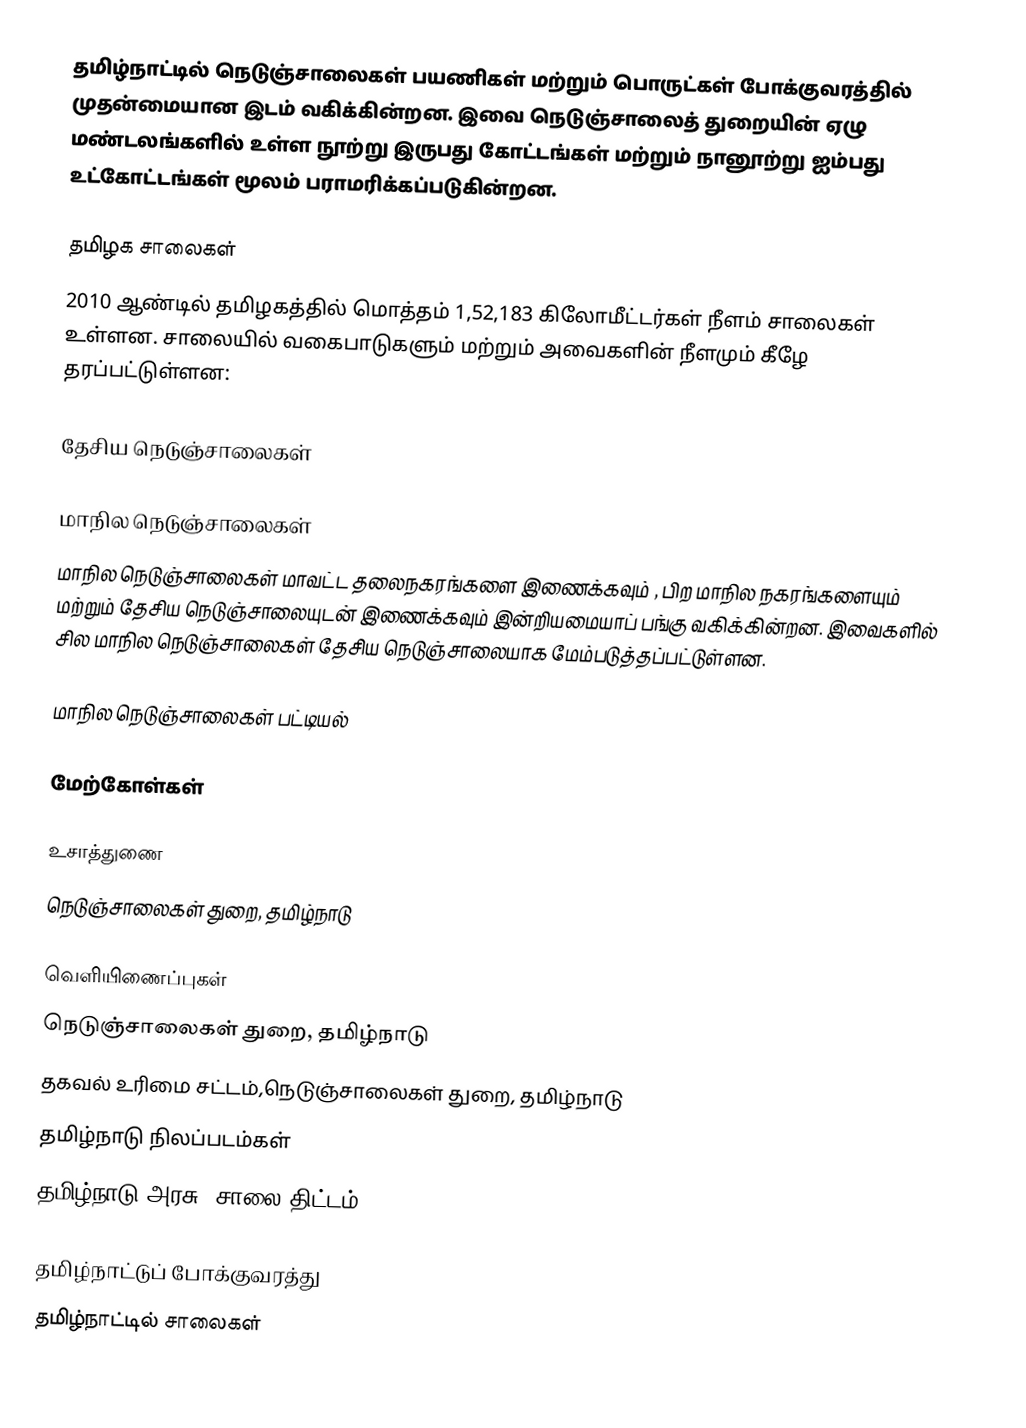
தமிழ்நாட்டில் நெடுஞ்சாலைகள் பயணிகள் மற்றும் பொருட்கள் போக்குவரத்தில் முதன்மையான இடம் வகிக்கின்றன. இவை நெடுஞ்சாலைத் துறையின் ஏழு மண்டலங்களில் உள்ள நூற்று இருபது கோட்டங்கள் மற்றும் நானூற்று ஐம்பது உட்கோட்டங்கள் மூலம் பராமரிக்கப்படுகின்றன.

தமிழக சாலைகள்
2010 ஆண்டில் தமிழகத்தில் மொத்தம் 1,52,183 கிலோமீட்டர்கள் நீளம் சாலைகள் உள்ளன. சாலையில் வகைபாடுகளும் மற்றும் அவைகளின் நீளமும் கீழே தரப்பட்டுள்ளன:

தேசிய நெடுஞ்சாலைகள்

மாநில நெடுஞ்சாலைகள்
மாநில நெடுஞ்சாலைகள் மாவட்ட தலைநகரங்களை இணைக்கவும் , பிற மாநில நகரங்களையும் மற்றும் தேசிய நெடுஞ்சாலையுடன் இணைக்கவும் இன்றியமையாப் பங்கு வகிக்கின்றன. இவைகளில் சில மாநில நெடுஞ்சாலைகள் தேசிய நெடுஞ்சாலையாக மேம்படுத்தப்பட்டுள்ளன.

மாநில நெடுஞ்சாலைகள் பட்டியல்

மேற்கோள்கள்

உசாத்துணை
 நெடுஞ்சாலைகள் துறை, தமிழ்நாடு

வெளியிணைப்புகள்
 நெடுஞ்சாலைகள் துறை, தமிழ்நாடு
 தகவல் உரிமை சட்டம்,நெடுஞ்சாலைகள் துறை, தமிழ்நாடு
 தமிழ்நாடு நிலப்படம்கள்
 தமிழ்நாடு அரசு, சாலை திட்டம் 2008-09

தமிழ்நாட்டுப் போக்குவரத்து
தமிழ்நாட்டில் சாலைகள்